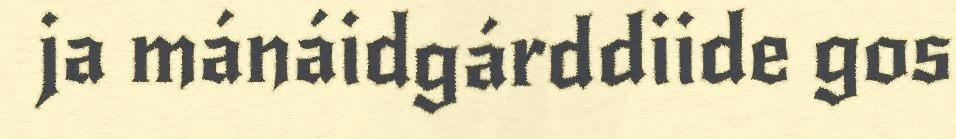
ja mánáidgárddiide gos